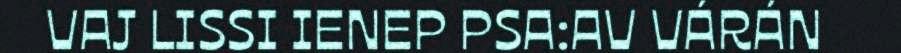
VAJ LISSI IENEP PSA:AV VÁRÁN